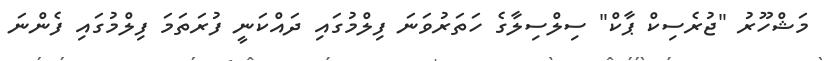
މަޝްހޫރު "ޖުރެސިކް ޕާކް" ސިލްސިލާގެ ހަތަރުވަނަ ފިލްމުގައި ދައްކަނީ ފުރަތަމަ ފިލްމުގައި ފެންނަ